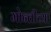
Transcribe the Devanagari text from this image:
मोन्तीच्या